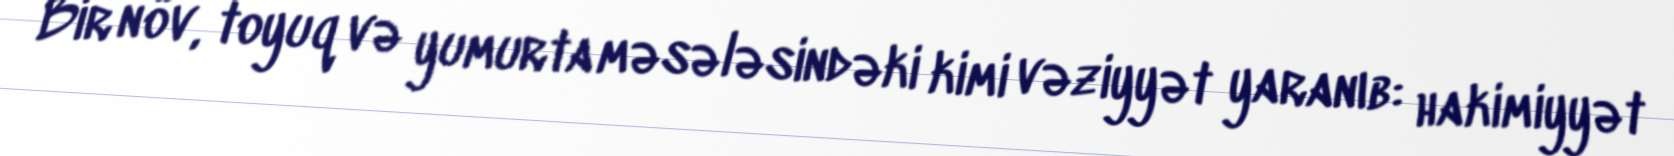
Bir növ, toyuq və yumurta məsələsindəki kimi vəziyyət yaranıb: hakimiyyət